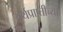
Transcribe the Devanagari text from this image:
अर्थप्राप्तीच्या